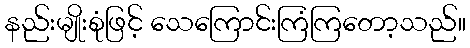
နည်းမျိုးစုံဖြင့် သေကြောင်းကြံကြတော့သည်။